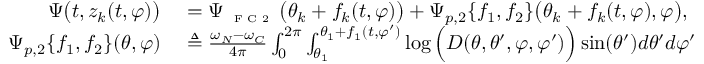
\begin{array} { r l } { \Psi \big ( t , z _ { k } ( t , \varphi ) \big ) } & { { } = \Psi _ { \textnormal { \tiny { F C 2 } } } \big ( \theta _ { k } + f _ { k } ( t , \varphi ) \big ) + \Psi _ { p , 2 } \{ f _ { 1 } , f _ { 2 } \} \big ( \theta _ { k } + f _ { k } ( t , \varphi ) , \varphi \big ) , } \\ { \Psi _ { p , 2 } \{ f _ { 1 } , f _ { 2 } \} ( \theta , \varphi ) } & { { } \triangleq \frac { \omega _ { N } - \omega _ { C } } { 4 \pi } \int _ { 0 } ^ { 2 \pi } \int _ { \theta _ { 1 } } ^ { \theta _ { 1 } + f _ { 1 } ( t , \varphi ^ { \prime } ) } \log \Big ( D ( \theta , \theta ^ { \prime } , \varphi , \varphi ^ { \prime } ) \Big ) \sin ( \theta ^ { \prime } ) d \theta ^ { \prime } d \varphi ^ { \prime } } \end{array}